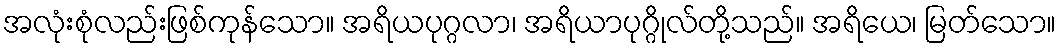
အလုံးစုံလည်းဖြစ်ကုန်သော။ အရိယပုဂ္ဂလာ၊ အရိယာပုဂ္ဂိုလ်တို့သည်။ အရိယေ၊ မြတ်သော။